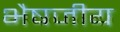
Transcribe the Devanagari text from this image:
भैषजीय